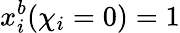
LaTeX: x_{i}^{b}({\chi}_{i}=0)=1